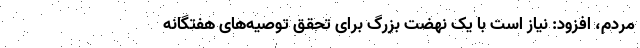
مردم، افزود: نیاز است با یک نهضت بزرگ برای تحقق توصیه‌های هفتگانه